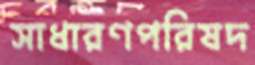
সাধারণপরিষদ